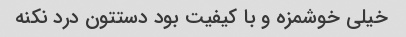
خیلی خوشمزه و با کیفیت بود دستتون درد نکنه